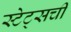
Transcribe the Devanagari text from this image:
स्टेट्सची